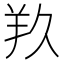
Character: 𮊣